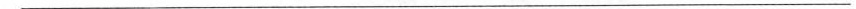
___